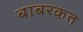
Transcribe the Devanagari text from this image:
बाबरकत